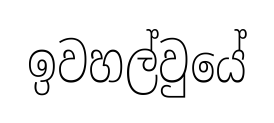
ඉවහල්වුයේ